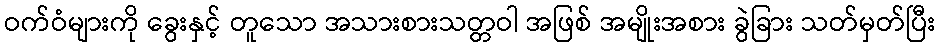
ဝက်ဝံများကို ခွေးနှင့် တူသော အသားစားသတ္တဝါ အဖြစ် အမျိုးအစား ခွဲခြား သတ်မှတ်ပြီး